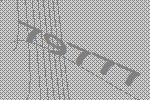
79777